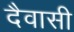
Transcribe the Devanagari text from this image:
दैवासी